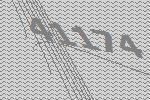
41174